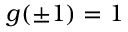
g ( \pm 1 ) = 1